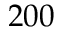
2 0 0